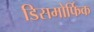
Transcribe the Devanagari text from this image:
डिसमोर्फिक